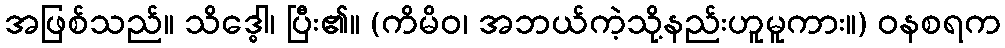
အဖြစ်သည်။ သိဒ္ဓေါ၊ ပြီး၏။ (ကိမိဝ၊ အဘယ်ကဲ့သို့နည်းဟူမူကား။) ဝနစရက